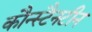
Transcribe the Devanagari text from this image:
कौन्स्टैनटीन